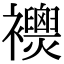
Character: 𧟈